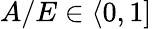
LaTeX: A/E\in\langle 0,1]